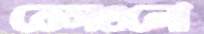
কেসগুলো